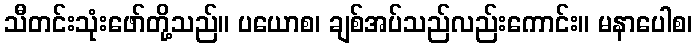
သီတင်းသုံးဖော်တို့သည်။ ပယောစ၊ ချစ်အပ်သည်လည်းကောင်း။ မနာပေါစ၊